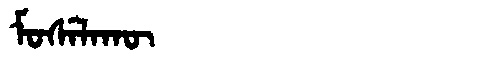
Manchu: ᠮᠣᠰᡝᠯᠠᡴᡡ
Romanization: MOSELAKŪ